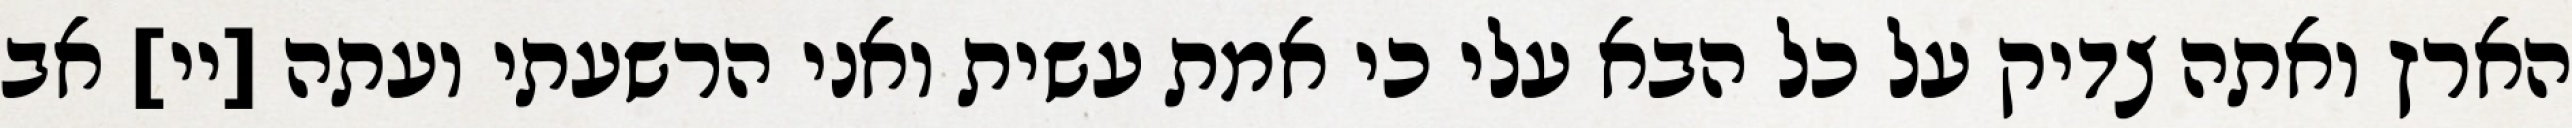
הארץ ואתה צדיק על כל הבא עלי כי אמת עשית ואני הרשעתי ועתה [יי] אב